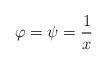
LaTeX: \begin{align*}\varphi=\psi=\frac{1}{x}\end{align*}